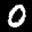
Label: 0